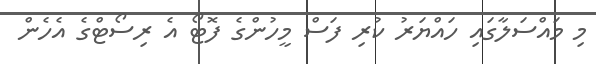
މި މައްސަލާގައި ހައްޔަރު ކުރި ފަސް މީހުންގެ ފޮޓޯ އެ ރިސޯޓްގެ އެހެން